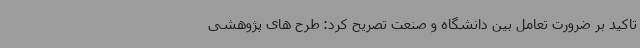
تاکید بر ضرورت تعامل بین دانشگاه و صنعت تصریح کرد: طرح های پژوهشی